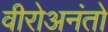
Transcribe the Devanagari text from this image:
वीरोअनंतो